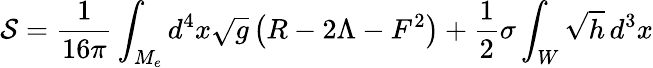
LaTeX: {\cal S}=\frac{1}{16\pi}\int_{M_{e}}d^{4}x\sqrt{g}\left(R-2\Lambda-F^{2}\right)+\frac{1}{2}\sigma\int_{W}\sqrt{h}\, d^{3}x